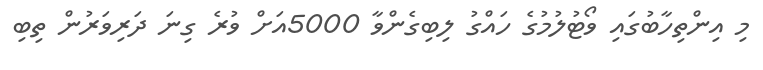
މި އިންތިހާބުގައި ވޯޓުލުމުގެ ހައްގު ލިބިގެންވާ 5000އަށް ވުރެ ގިނަ ދަރިވަރުން ތިބި